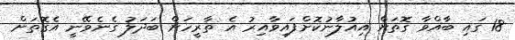
18 ގައި ބާއްވާ ގޮތަށް އިއުލާނުކޮށްފައިވާއިރު އެ ތާރީހަށް ބަދަލު ގެނެވޭނީ އެގޮތަށް